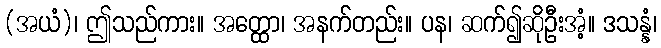
(အယံ)၊ ဤသည်ကား။ အတ္ထော၊ အနက်တည်း။ ပန၊ ဆက်၍ဆိုဦးအံ့။ ဒသန္နံ၊